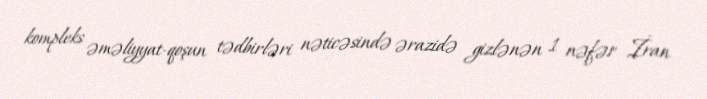
kompleks əməliyyat-qoşun tədbirləri nəticəsində ərazidə gizlənən 1 nəfər İran